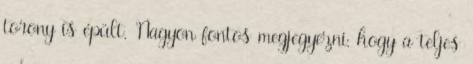
torony is épült. Nagyon fontos megjegyezni, hogy a teljes